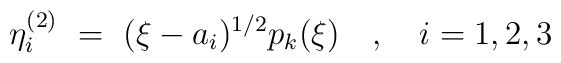
\eta^{(2)}_i \ =\  (\xi - a_i)^{1/2} p_k(\xi)\quad, \quad i =1,2,3